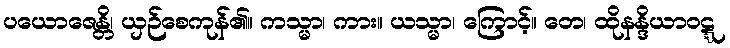
ပယောဇေန္တိ၊ ယှဉ်စေကုန်၏။ ကသ္မာ၊ ကား။ ယသ္မာ၊ ကြောင့်။ တေ၊ ထိုနန္ဒိယာဝဋ္ဋ